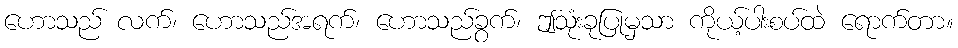
ဟောသည် လက်၊ ဟောသည်အရက်၊ ဟောသည်ခွက်၊ ဤသုံးခုပြုမှသာ ကိုယ့်ပါးစပ်ထဲ ရောက်တာ။